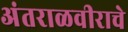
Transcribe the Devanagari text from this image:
अंतराळवीराचे